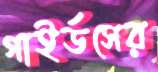
গাইর্ডসের